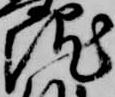
院